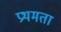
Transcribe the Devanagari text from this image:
प्रथमता